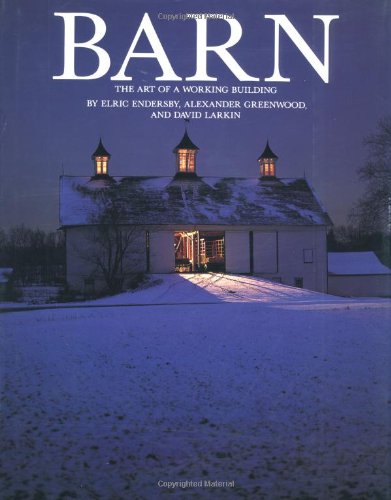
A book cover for Barn: The Art of a Working Building; David Larkin; Crafts, Hobbies & Home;